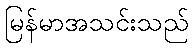
မြန်မာအသင်းသည်